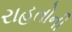
રાહતોની